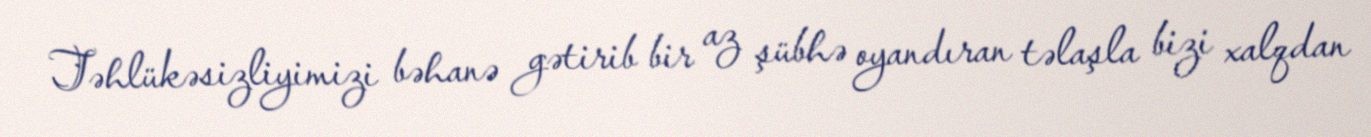
Təhlükəsizliyimizi bəhanə gətirib bir az şübhə oyandıran təlaşla bizi xalqdan